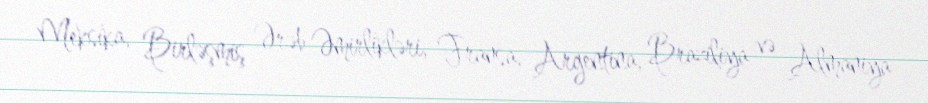
Meksika, Birləşmiş Ərəb Əmirlikləri, Fransa, Argentina, Braziliya və Almaniya